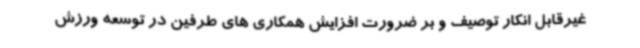
غیرقابل انکار توصیف و بر ضرورت افزایش همکاری های طرفین در توسعه ورزش